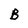
Character: B